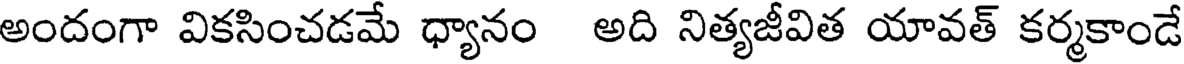
అందంగా వికసించడమే ధ్యానం అది నిత్యజీవిత యావత్ కర్మకాండే